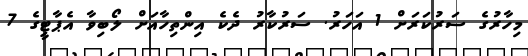
މިހާރުގެ ސަރުކަރަށް 1 އަހަރު. ސަރުކާރު ދެކެ އިންތިހާއަށް ލޯބިވާ އެޕާޓީގެ 7